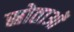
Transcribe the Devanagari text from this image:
स्रोताओं